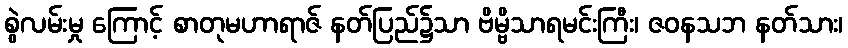
စွဲလမ်းမှု ကြောင့် စာတုမဟာရာဇ် နတ်ပြည်၌သာ ဗိမ္ဗိသာရမင်းကြီး၊ ဇဝနသဘ နတ်သား၊